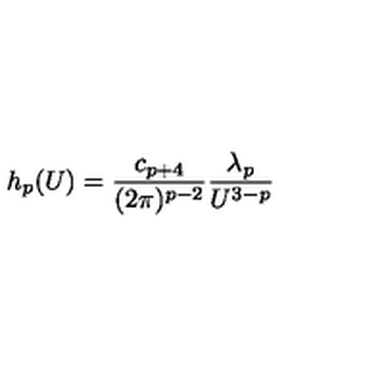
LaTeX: h _ { p } ( U ) = { \frac { c _ { p + 4 } } { ( 2 \pi ) ^ { p - 2 } } } { \frac { \lambda _ { p } } { U ^ { 3 - p } } }